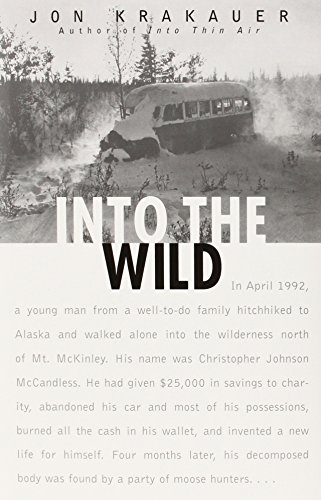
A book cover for Into the Wild; Jon Krakauer; Sports & Outdoors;